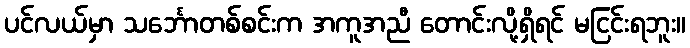
ပင်လယ်မှာ သင်္ဘောတစ်စင်းက အကူအညီ တောင်းလို့ရှိရင် မငြင်းရဘူး။